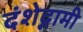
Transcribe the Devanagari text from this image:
दंशेद्गामी